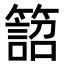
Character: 𥴜